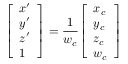
{ \left[ \begin{array} { l } { x ^ { \prime } } \\ { y ^ { \prime } } \\ { z ^ { \prime } } \\ { 1 } \end{array} \right] } = { \frac { 1 } { w _ { c } } } { \left[ \begin{array} { l } { x _ { c } } \\ { y _ { c } } \\ { z _ { c } } \\ { w _ { c } } \end{array} \right] }